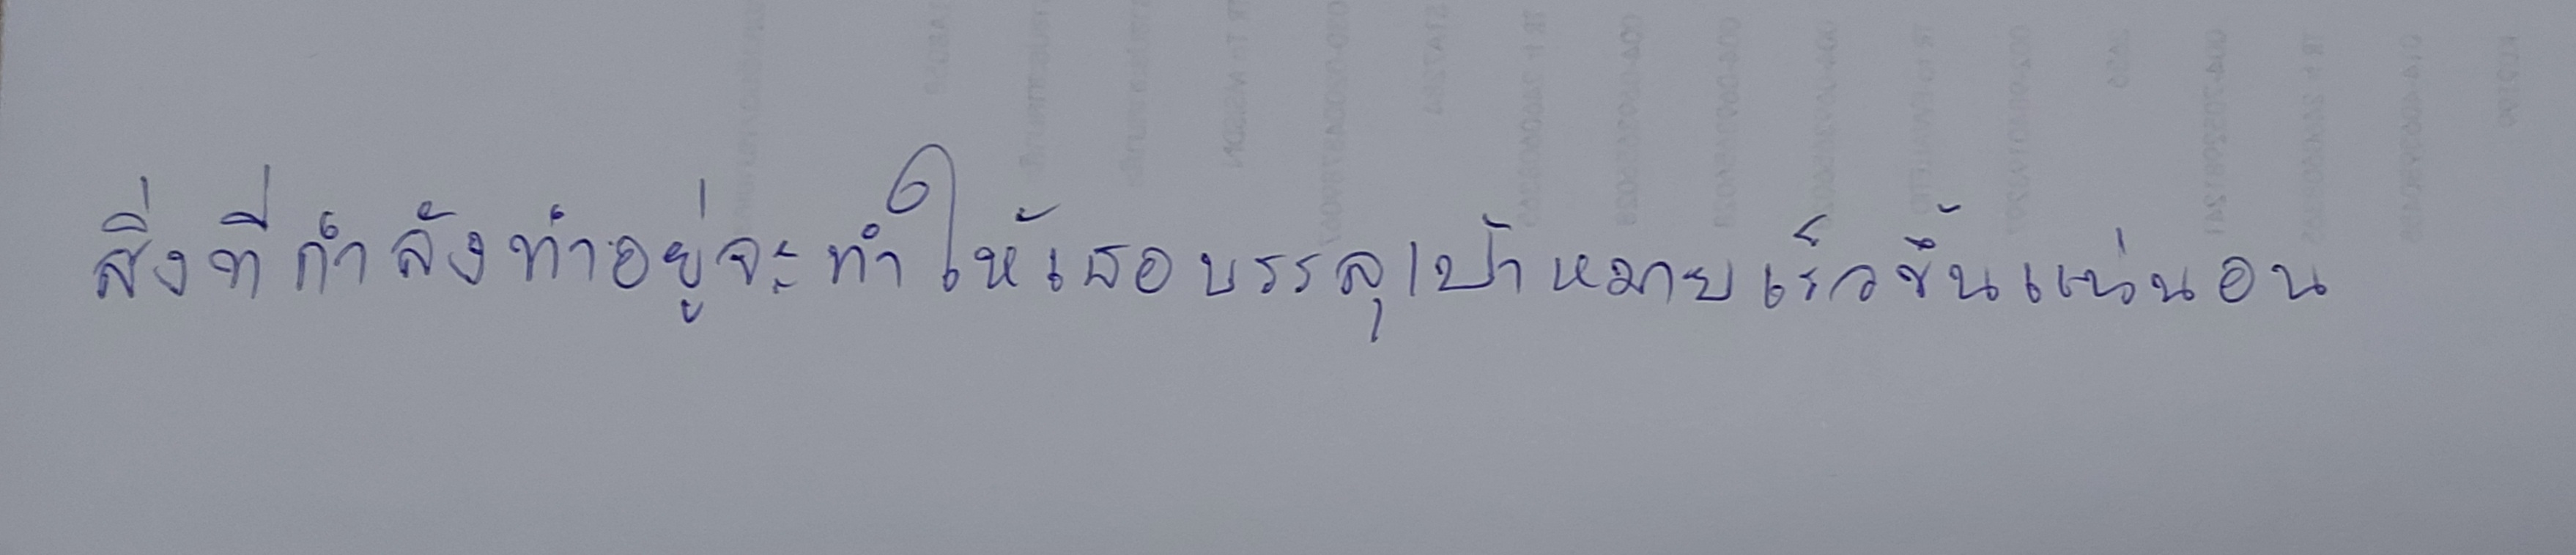
สิ่งที่กำลังทำอยู่จะทำให้เธอบรรลุเป้าหมายเร็วขึ้นแน่นอน